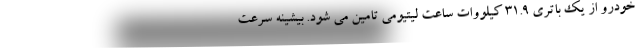
خودرو از یک باتری 31.9 کیلووات ساعت لیتیومی تامین می شود. بیشینه سرعت